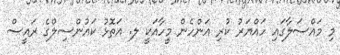
މި މައްސަލާގައި ހައްޔަރު ކުރި އަންހެން މީހާއަކީ ލ. އަތޮޅު ކައުންސިލްގެ ރައީސް